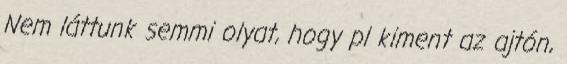
Nem láttunk semmi olyat, hogy pl kiment az ajtón,